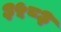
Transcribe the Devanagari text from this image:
३५८३